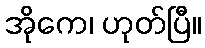
အိုကေ၊ ဟုတ်ပြီ။